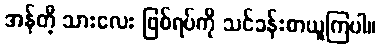
အန်တီ့ သားလေး ဖြစ်ရပ်ကို သင်ခန်းစာယူကြပါ။